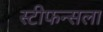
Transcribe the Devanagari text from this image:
स्टीफन्सला